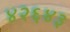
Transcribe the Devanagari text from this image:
४२६४३